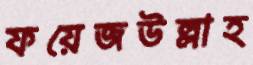
ফয়েজউল্লাহ